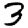
Digit: 3